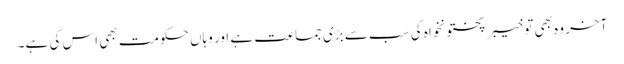
آخر وہ بھی تو خیبر پختونخواہ کی سب سے بڑی جماعت ہے اور وہاں حکومت بھی اس کی ہے۔